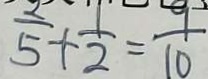
\frac { 2 } { 5 } + \frac { 1 } { 2 } = \frac { 9 } { 1 0 }